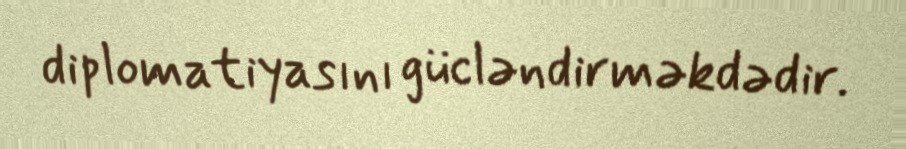
diplomatiyasını gücləndirməkdədir.